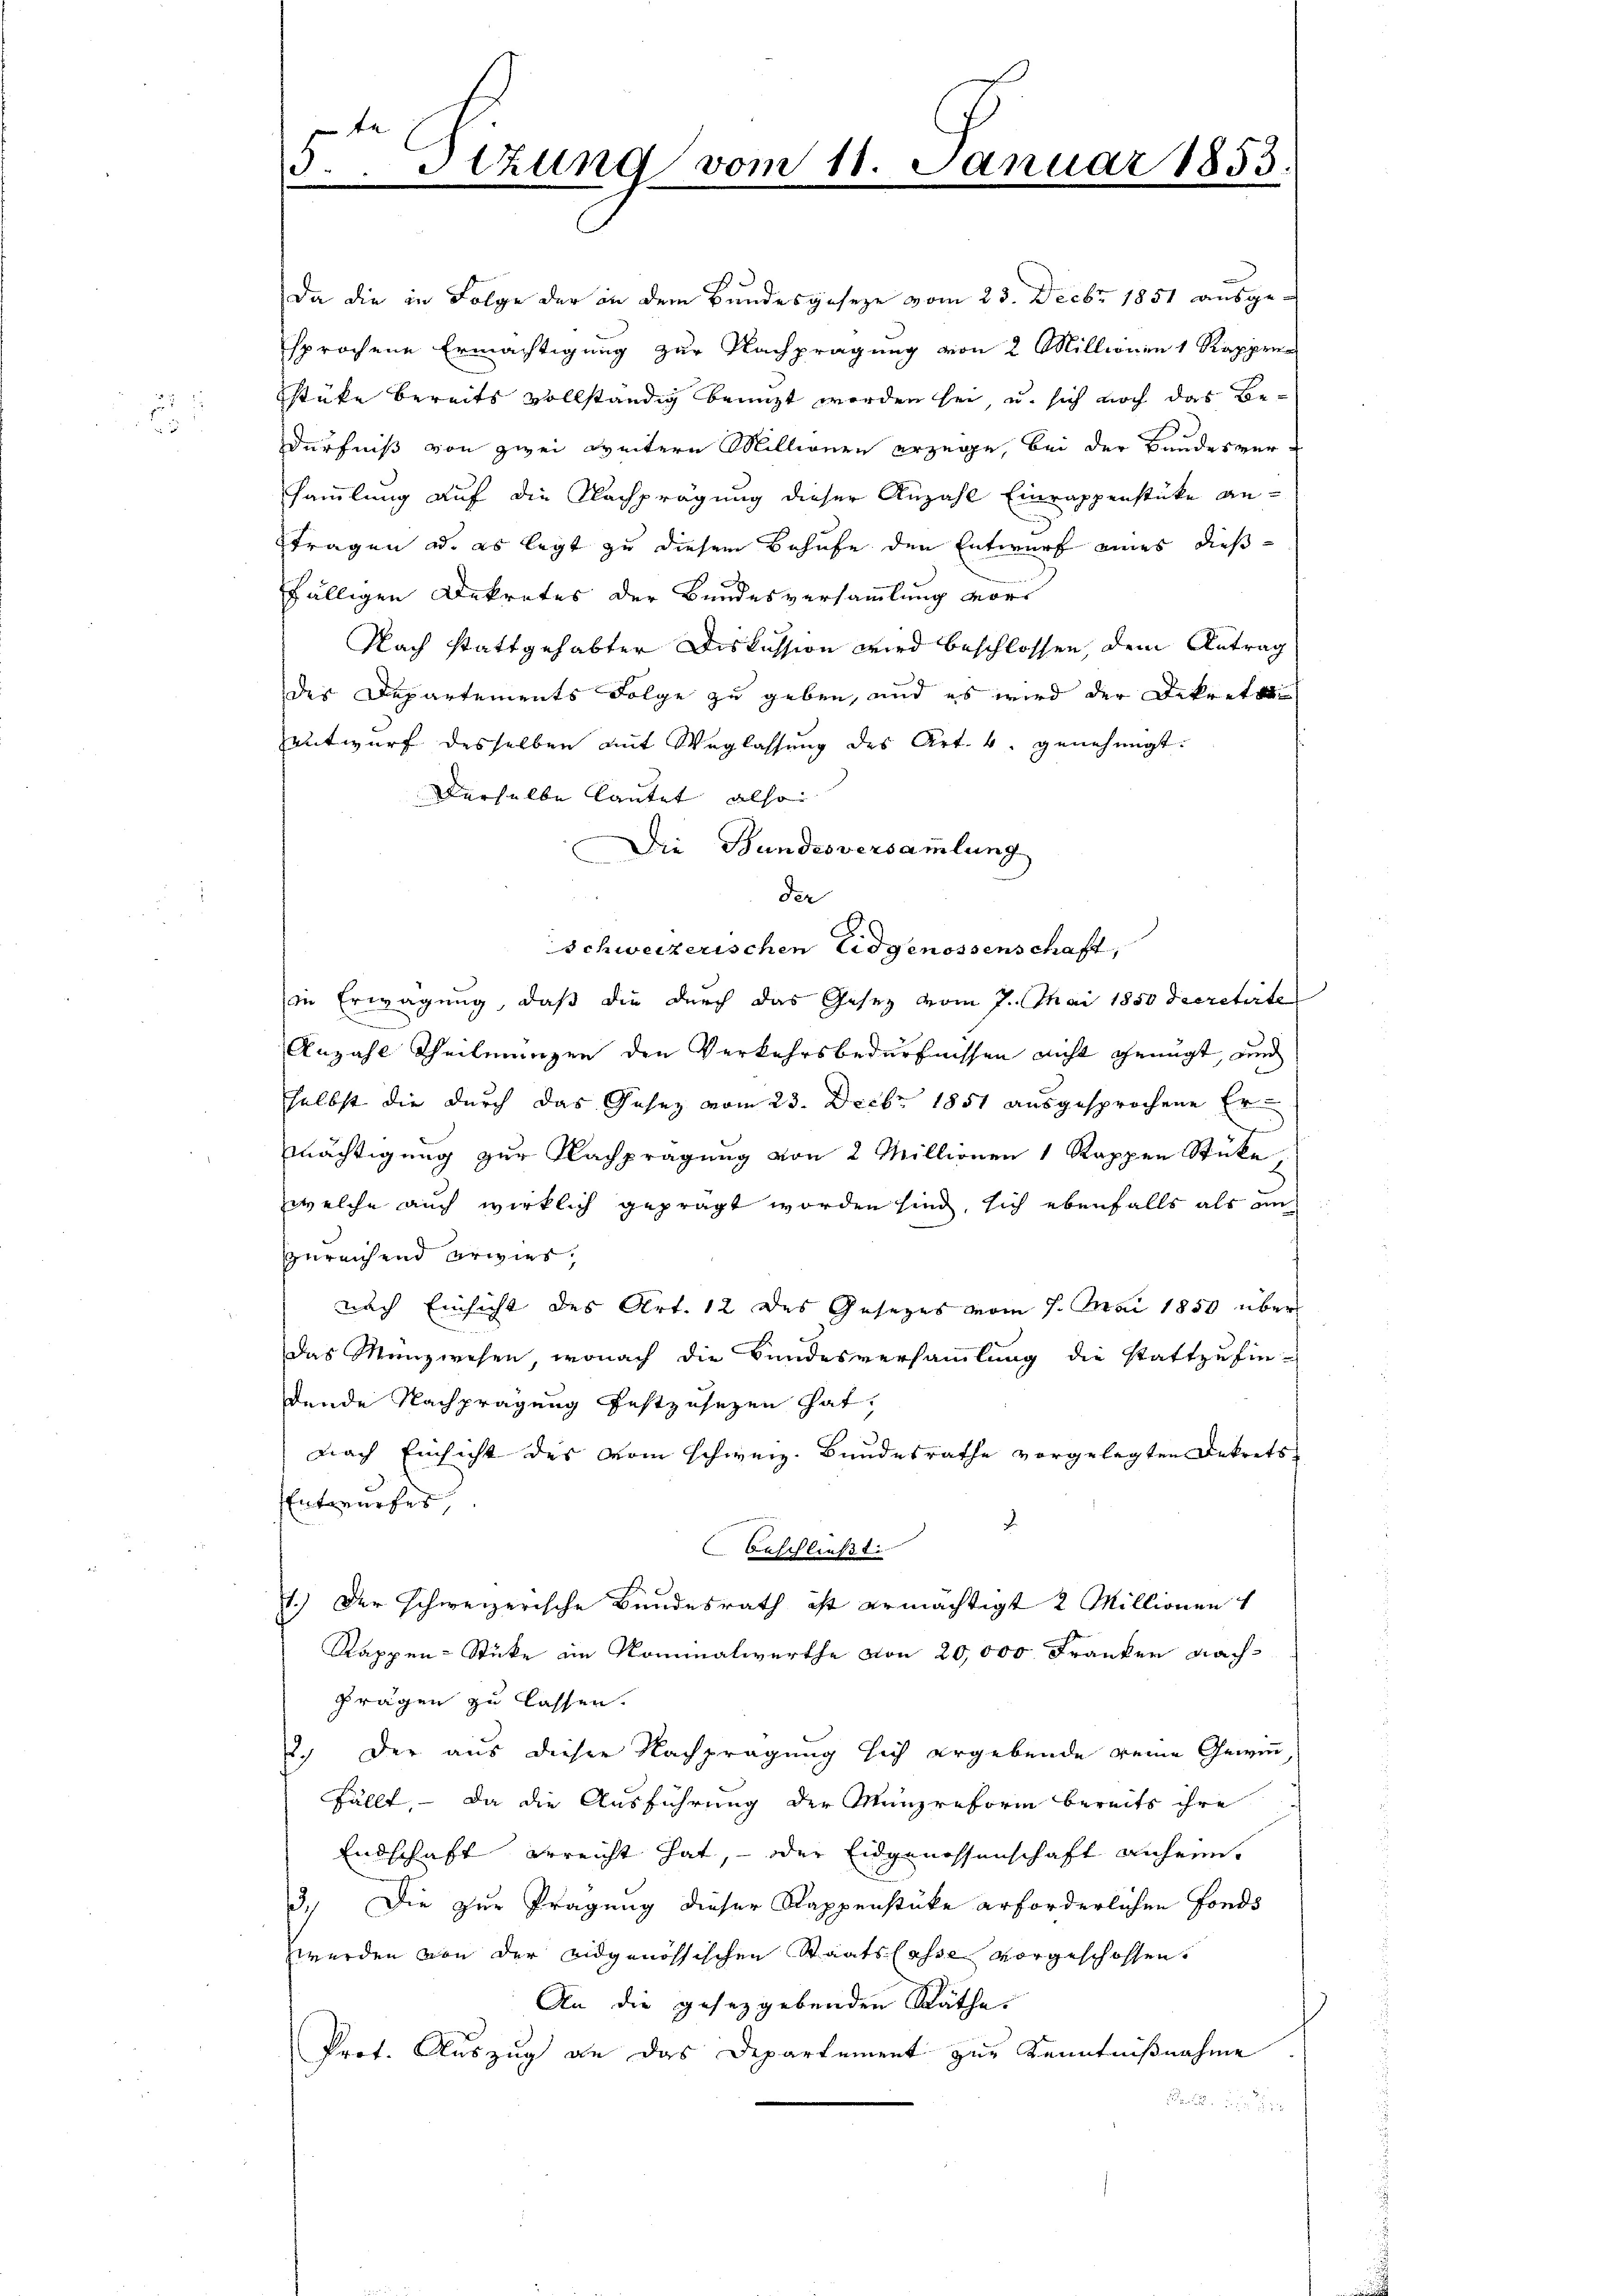
n

3.Stzung vom 11. Januar 1853.

Da die in Folge der in dem Bundesgeseze vom 23. Decbr 1851 ausgesprochene Ermächtigung zur Nachprägung von 2 Millionen 1 Rappren
stüke bereits vollständig benuzt werden sei, u. sich noch das Bedürfniß von zwei weitern Millionen erzege, bei der Bundesver-
sammlung auf die Nachprägung dieser Anzahl Einrappenstücke antragen u. es legt zu diesem Behufe den Entwurf eines dießfälligen Dekretes der Bundesversammlung vor¬
Nach stattgehabter Diskussion wird beschlossen, dem Antrag
des Departements Folge zu geben, und es wird der Dekrete
entwurf desselben mit Weglassŭng des Art. 4. genehmigt.
Derselbe lautet, also
Die Bundesversammlung
 x
der
schweizerischen Eidgenossenschaft,
in Erwägung, daß die durch das Gesetz vom 7. Mai 1850 decretirte
Anzahl Theilungen den Verkehrsbedürfnissen nicht genügt, und
selbst die durch das Gesez vom 23. Decbr 1851 ausgesprochene Ermächtigung zur Nachprägung von 2 Millionen 1 Rappen Stücke,
welche auch wirklich geprägt worden sind, sich ebenfalls als au
zureichend erwies,
nach Einsicht des Art. 12 des Gesezes vom 7. Mai 1850 über
Das Manzwesen, wonach die Bundesversammlung die stattzufindende Nachprägung festzusezen hat,
nach Einsicht des vom schweiz. Bundesrathe vorgelegten Dekrets
Entwurfes
beschließt:
1.) Der schweizerische Bundesrath ist ermächtigt 2 Millionen
Rappen-Sticke im Rominalwerthe von 20,000 Franken Nachprägen zu lassen.
2.) Der aus dieser Nachprägung sich ergebende keine Gewinn
fällt. - Da die Ausführung der Münzreform bereits ihre
Endschaft erreicht hat, – oder Eidgenossenschaft anheim,
3.) Die zur Prägung dieser Rappenstücke erforderlichen Fonds
werden von der eidgenössischen Staatslasse vorgeschossen.
An die gesetzgebenden Räthe
Prot. Auszug an das Departement zur Kenntnißnahme
1